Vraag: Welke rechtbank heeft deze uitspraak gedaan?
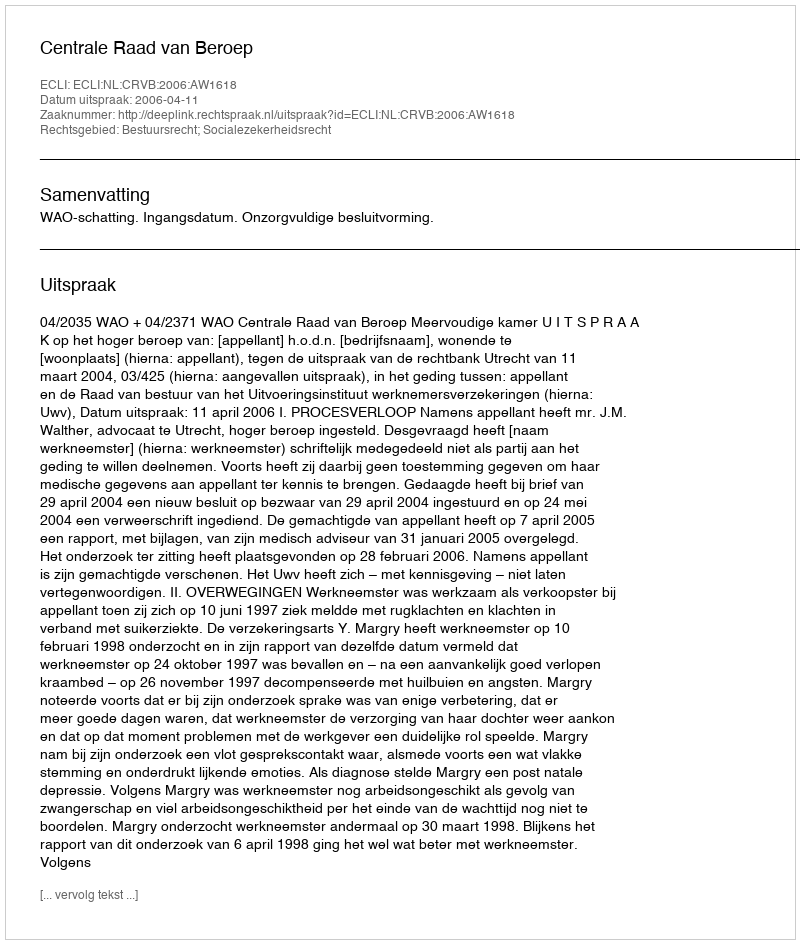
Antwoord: Centrale Raad van Beroep